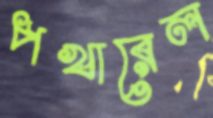
পখারেল